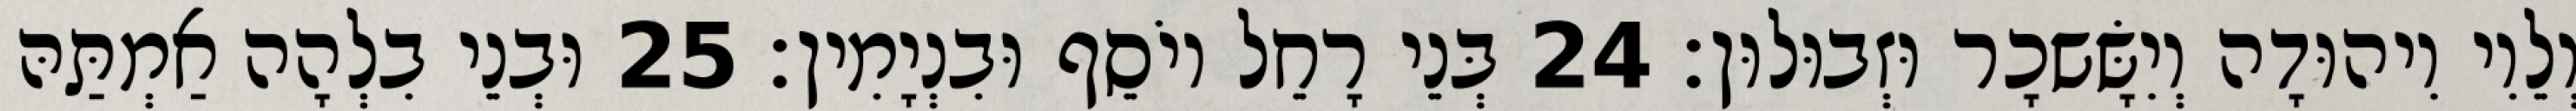
וְלֵוִי וִיהוּדָה וְיִשָּׂשכָר וּזְבוּלוּן׃ 24 בְּנֵי רָחֵל יוֹסֵף וּבִנְיָמִין׃ 25 וּבְנֵי בִלְהָה אַמְתַּהּ